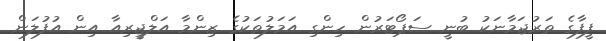
ފީފާގެ ތަރުޖަމާނަކު ބުނީ ސަޕޯޓަރުން ހިންގި އަމަލުތަކުގެ ޒިންމާ އަލްޖީރިއާ އިން އުފުލަން